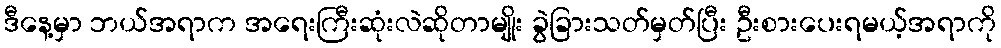
ဒီနေ့မှာ ဘယ်အရာက အရေးကြီးဆုံးလဲဆိုတာမျိုး ခွဲခြားသတ်မှတ်ပြီး ဦးစားပေးရမယ့်အရာကို